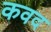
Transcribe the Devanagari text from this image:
कवद